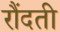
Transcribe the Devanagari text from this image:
रौंदती